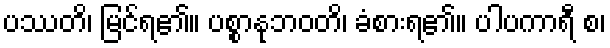
ပဿတိ၊ မြင်ရ၏။ ပစ္စာနုဘဝတိ၊ ခံစားရ၏။ ပါပကာရီ စ၊